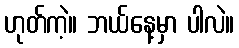
ဟုတ်ကဲ့။ ဘယ်နေ့မှာ ပါလဲ။